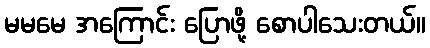
မမမေ အကြောင်း ပြောဖို့ စောပါသေးတယ်။